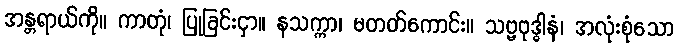
အန္တရာယ်ကို။ ကာတုံ၊ ပြုခြင်းငှာ။ နသက္ကာ၊ မတတ်ကောင်း။ သဗ္ဗဗုဒ္ဓါနံ၊ အလုံးစုံသော